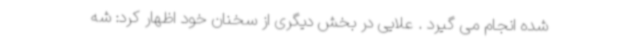
شده انجام می گیرد . علایی در بخش دیگری از سخنان خود اظهار کرد: شه